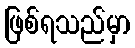
ဖြစ်ရသည်မှာ